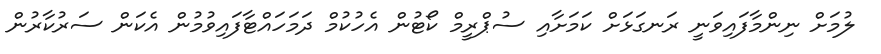
ލުމަށް ނިންމާފައިވަނީ ރަނގަޅަށް ކަމަށާއި ސުޕްރީމް ކޯޓުން އެހުކުމް ދަމަހައްޓާފައިވުމުން އެކަން ސަރުކާރުން